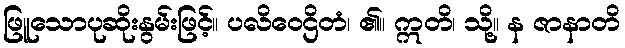
ဖြူသောပုဆိုးနွမ်းဖြင့်။ ပလိဝေဌိတံ၊ ၏။ ဣတိ၊ သို့။ န ဇာနာတိ